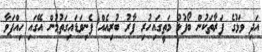
އަދި ވަޅުގެ ފަރާތަކުން ބޯފުޅު މަތީގައިހުރި ފާރު ބުރިއެއް ފެނިވަޑައިގަތުމުން އޭގައި ހިއްޕަވާ